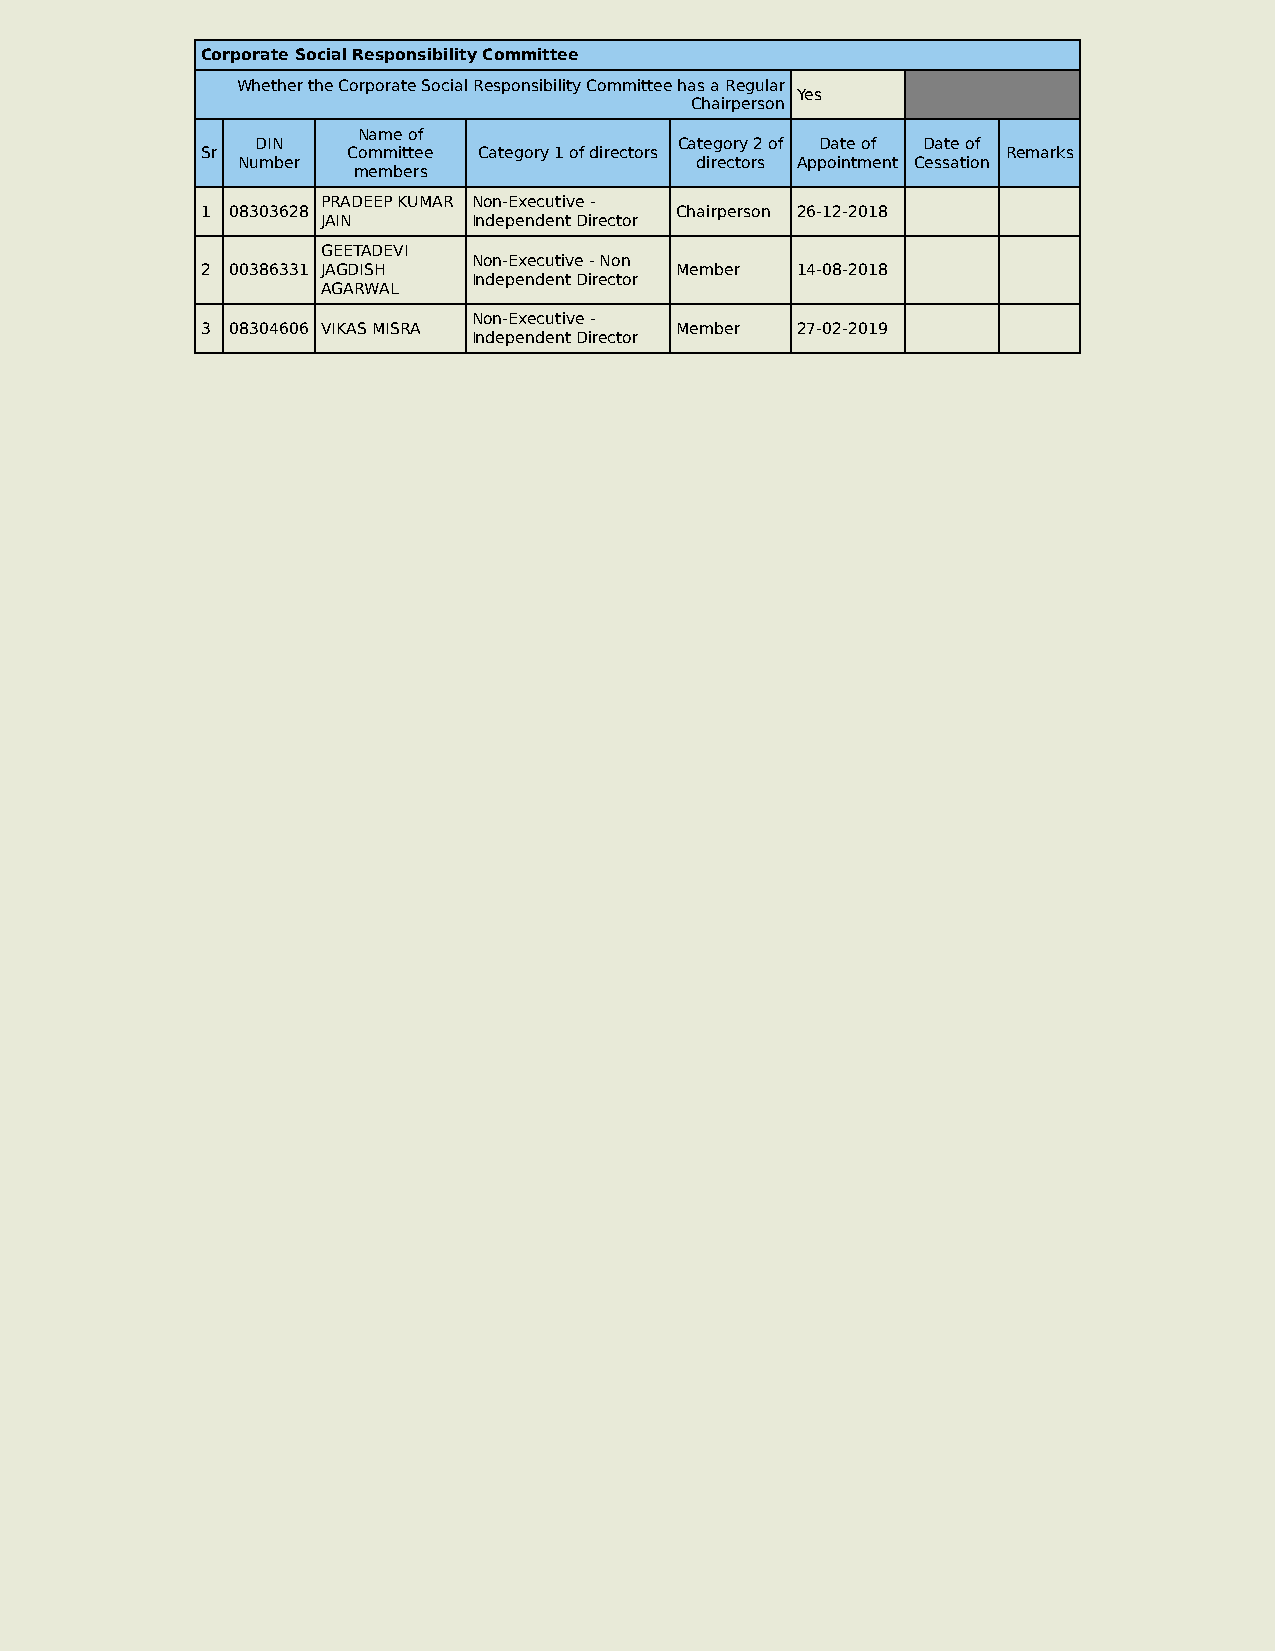
Corporate Social Responsibility Committee
 Whether the Corporate Social Responsibility Committee has a Regular
 Yes
 Chairperson
 Name of
 DIN                         Category 2 of Date of Date of
 Sr        Committee Category 1 of directors           Remarks
 Number                        directors Appointment Cessation
 members
 PRADEEP KUMAR Non-Executive -
 1 08303628                      Chairperson 26-12-2018
 JAIN      Independent Director
 GEETADEVI
 Non-Executive - Non
 2 00386331 JAGDISH              Member  14-08-2018
 Independent Director
 AGARWAL
 Non-Executive -
 3 08304606 VIKAS MISRA          Member  27-02-2019
 Independent Director